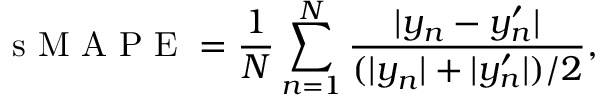
\mathrm { ~ s ~ M ~ A ~ P ~ E ~ } = \frac { 1 } { N } \sum _ { n = 1 } ^ { N } \frac { | y _ { n } - y _ { n } ^ { \prime } | } { ( | y _ { n } | + | y _ { n } ^ { \prime } | ) / 2 } ,